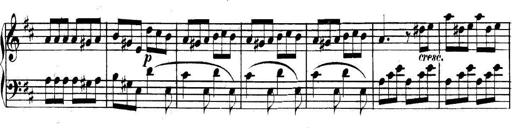
Title: Collected Piano Sonatas
Composer: Muzio Clementi